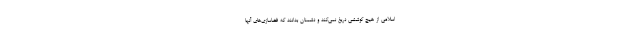
اسلامی از هیچ کوششی دریغ نمی‌کند و دشمنان بدانند که فضاسازی‌های آنها